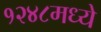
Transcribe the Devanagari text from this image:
१२४८मध्ये